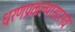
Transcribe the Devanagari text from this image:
धरणप्रकल्पासारखे